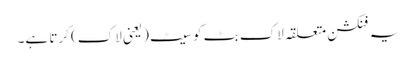
یہ فنکشن متعلقہ لاک بٹ کو سیٹ (یعنی لاک) کرتا ہے۔